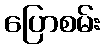
ပြောစမ်း